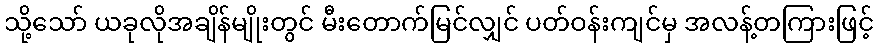
သို့သော် ယခုလိုအချိန်မျိုးတွင် မီးတောက်မြင်လျှင် ပတ်ဝန်းကျင်မှ အလန့်တကြားဖြင့်